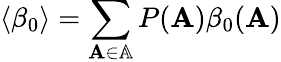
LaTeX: \langle\beta_{0}\rangle=\sum_{\mathbf{A}\in\mathbb{A}}P(\mathbf{A})\beta_{0}(\mathbf{A})